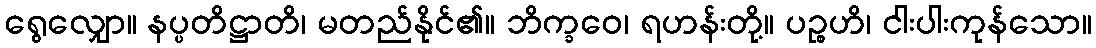
ရွေလျှော။ နပ္ပတိဋ္ဌာတိ၊ မတည်နိုင်၏။ ဘိက္ခဝေ၊ ရဟန်းတို့။ ပဉ္စဟိ၊ ငါးပါးကုန်သော။